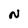
Character: N